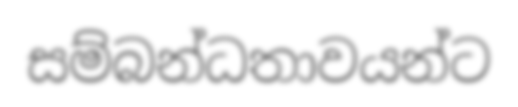
සම්බන්ධතාවයන්ට